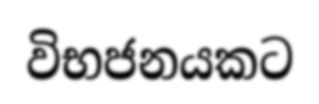
විභජනයකට